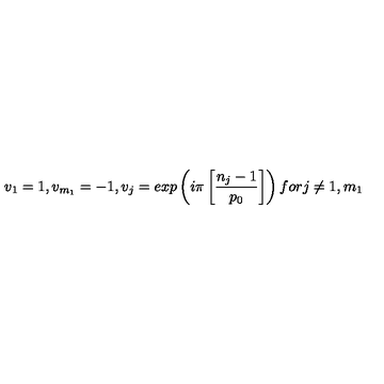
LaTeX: v _ { 1 } = 1 , v _ { m _ { 1 } } = - 1 , v _ { j } = e x p \left( i \pi \left[ \frac { n _ { j } - 1 } { p _ { 0 } } \right] \right) f o r j \neq 1 , m _ { 1 }